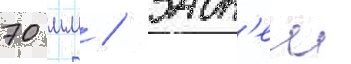
70 мм / задн'еи